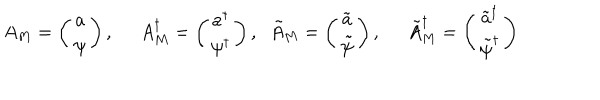
A _ { M } = \left( \begin{array} { c } { { a } } \\ { { \psi } } \\ \end{array} \right) , \; \; A _ { M } ^ { \dagger } = \left( \begin{array} { c } { { a ^ { \dagger } } } \\ { { \psi ^ { \dagger } } } \\ \end{array} \right) , \; \; \tilde { A } _ { M } = \left( \begin{array} { c } { { \tilde { a } } } \\ { { \tilde { \psi } } } \\ \end{array} \right) , \; \; \tilde { A } _ { M } ^ { \dagger } = \left( \begin{array} { c } { { \tilde { a } ^ { \dagger } } } \\ { { \tilde { \psi } ^ { \dagger } } } \\ \end{array} \right)